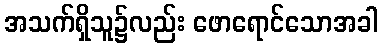
အသက်ရှိသူ၌လည်း ဖောရောင်သောအခါ